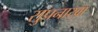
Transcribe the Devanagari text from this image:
सुप्रनाखा